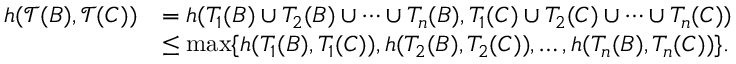
\begin{array} { r l } { h ( \mathcal { T } ( B ) , \mathcal { T } ( C ) ) } & { = h ( T _ { 1 } ( B ) \cup T _ { 2 } ( B ) \cup \dots \cup T _ { n } ( B ) , T _ { 1 } ( C ) \cup T _ { 2 } ( C ) \cup \dots \cup T _ { n } ( C ) ) } \\ & { \le \operatorname* { m a x } \{ h ( T _ { 1 } ( B ) , T _ { 1 } ( C ) ) , h ( T _ { 2 } ( B ) , T _ { 2 } ( C ) ) , \dots , h ( T _ { n } ( B ) , T _ { n } ( C ) ) \} . } \end{array}